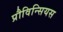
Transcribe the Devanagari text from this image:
प्रौविन्सियस